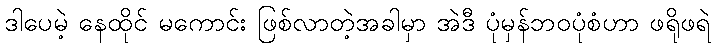
ဒါပေမဲ့ နေထိုင် မကောင်း ဖြစ်လာတဲ့အခါမှာ အဲဒီ ပုံမှန်ဘဝပုံစံဟာ ဖရိုဖရဲ